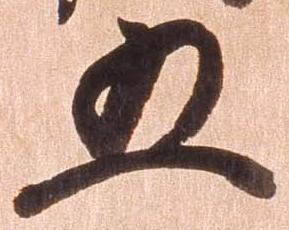
五